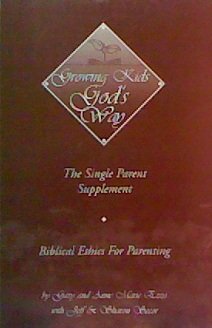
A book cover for Growing Kids God's Way (The Single parent Supplement, Biblical Ethics For Parenting); Gary and Anne Marie Ezzo; Parenting & Relationships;